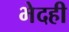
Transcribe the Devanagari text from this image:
भेदही